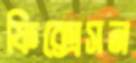
ফিক্সেসন